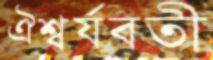
ঐশ্বর্যবতী